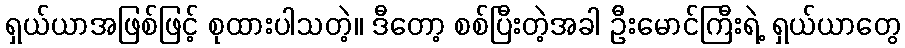
ရှယ်ယာအဖြစ်ဖြင့် စုထားပါသတဲ့။ ဒီတော့ စစ်ပြီးတဲ့အခါ ဦးမောင်ကြီးရဲ့ ရှယ်ယာတွေ